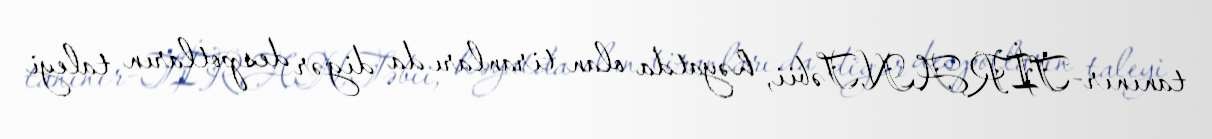
tanınır-TİRAN.Təbii, həyatda olan tiranları da digər despotların taleyi